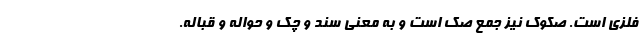
فلزی است. صُکوک نیز جمع صَک است و به معنی سند و چِک و حواله و قباله.